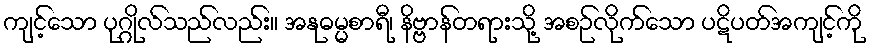
ကျင့်သော ပုဂ္ဂိုလ်သည်လည်း။ အနုဓမ္မစာရီ၊ နိဗ္ဗာန်တရားသို့ အစဉ်လိုက်သော ပဋိပတ်အကျင့်ကို